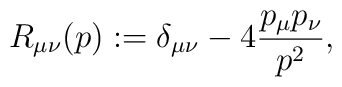
R_{\mu\nu}(p) := \delta_{\mu\nu} - 4{p_\mu p_\nu \over p^2} ,